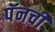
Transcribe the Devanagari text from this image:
पॅनची